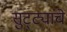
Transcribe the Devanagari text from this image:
सुट्ट्यांचे